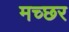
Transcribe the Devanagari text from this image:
मच्‍छर